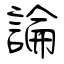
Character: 論